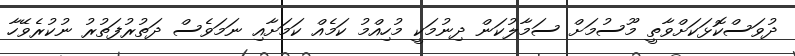
ދުވަސްކޮޅަކަށްވާތީ މޫސުމަށް ސަމާލުކަން ދިނުމަކީ މުހިއްމު ކަމެއް ކަމަށާއި ނަމަވެސް ދަތުރުފަތުރު ނުކުރެވޭހާ